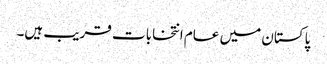
پاکستان میں عام انتخابات قریب ہیں۔